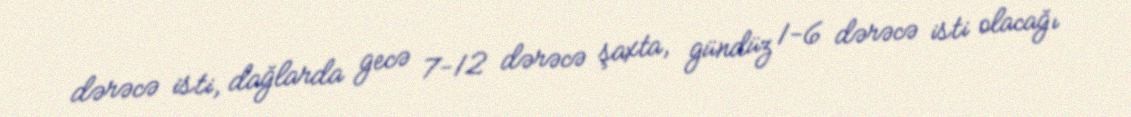
dərəcə isti, dağlarda gecə 7-12 dərəcə şaxta, gündüz 1-6 dərəcə isti olacağı